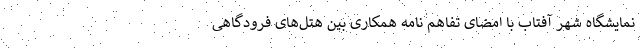
نمایشگاه شهر آفتاب با امضای تفاهم نامه همکاری بین هتل‌های فرودگاهی